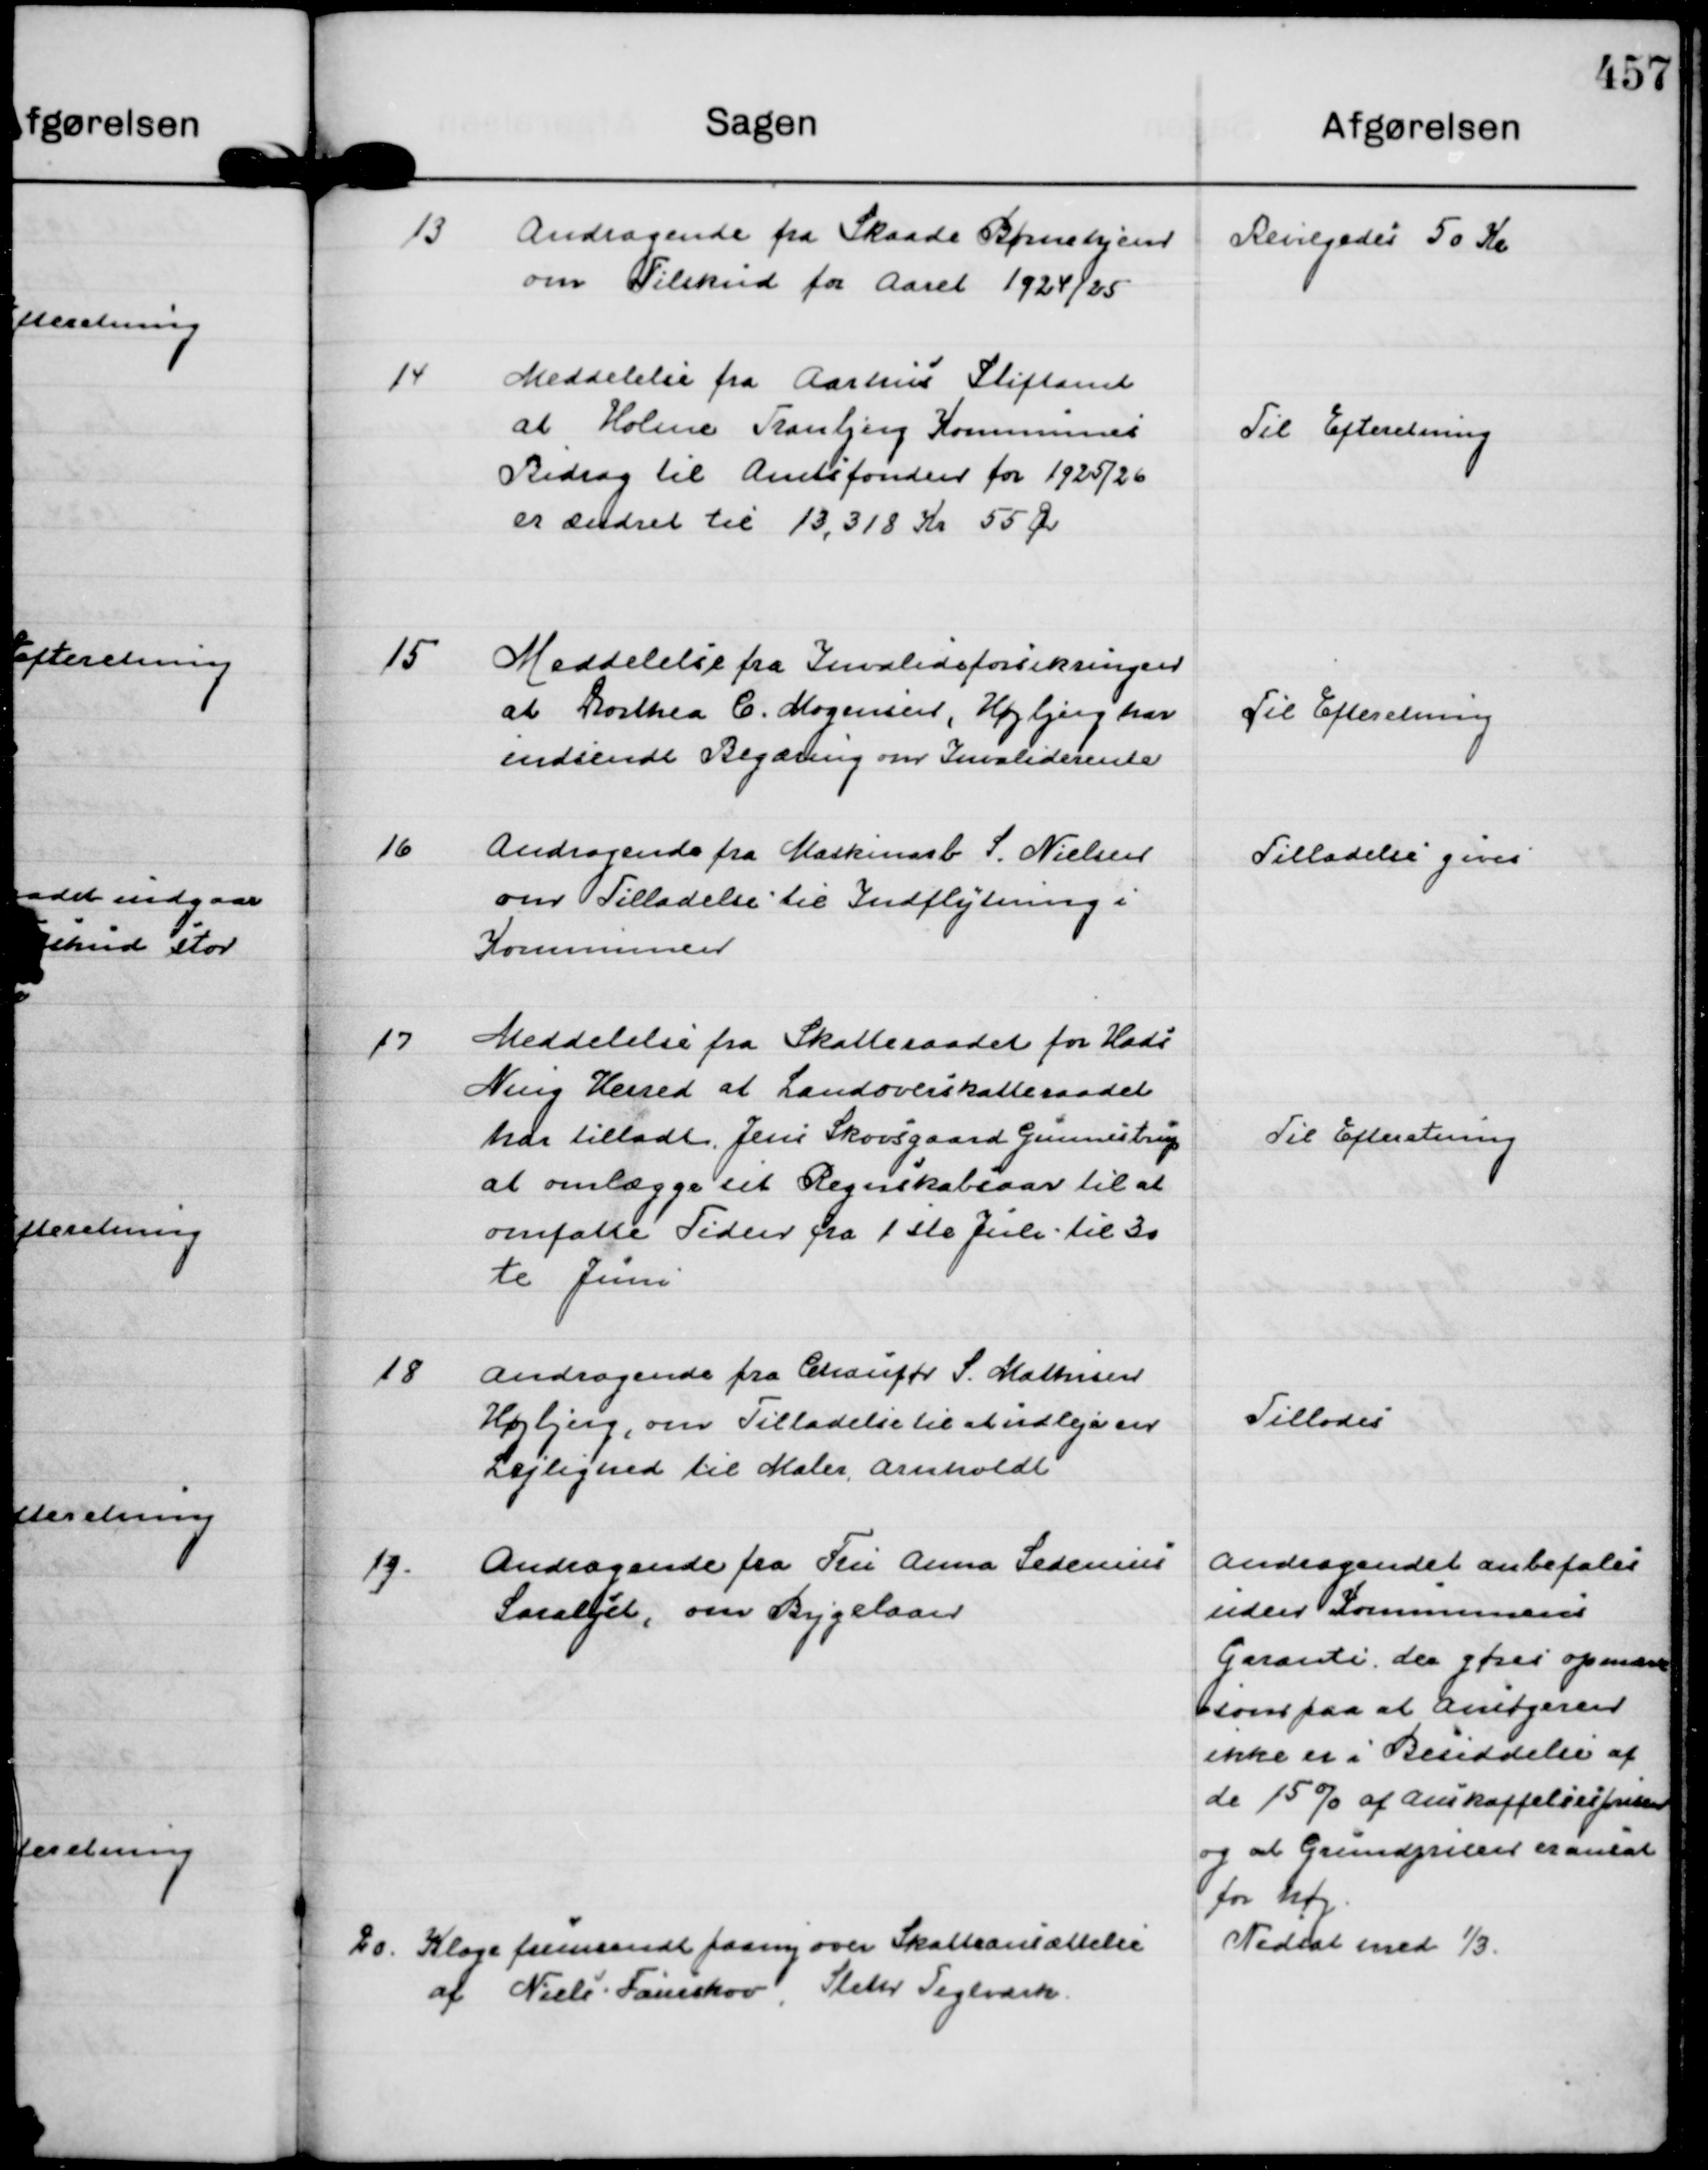
Transskription:
13
Andragende fra Skaade Børnehjem
om Tilskud for Aaret 1924/25

Bevilgedes 50 Kr

14
Meddelelse fra Aarhus Stiftamt
at Holme Tranbjerg Kommunes
Bidrag til Amtsfonden for 1925/26
er ændret til 13.318 Kr 55 Ør

Til Efteretning

15
Meddelelse fra Invalideforsikringen
at Dorthea C. Mogensen, Højbjerg har
indsendt Begæring om Invaliderente

Til Efteretning

16
Andragende fra Maskinarb S. Nielsen
om Tilladelse til Indflytning i
Kommunen

Tilladelse gives

17
Meddelelse fra Skatteraadet for Hads
Ning Herred at Landsoverskatteraadet
har tilladt Jens Skovsgaard Gunnestrup
at omlægge sit Regnskabsaar til at
omfatte Tiden fra 1 ste Juli - til 30
te Juni

Til Efteretning

18
Andragende fra Chaufør S. Mathisen
Højbjerg, om Tilladelse til at udleje en
Lejlighed til Maler Arnholdt

Tillodes

19.
Andragende fra Fru Anna Sedenius
Saralyst, om Bygelaan

Andragendet anbefales
uden Kommunens
Garanti, der gøres opmærk
=som paa at Ansøgeren
ikke er i Besiddelse af
de 15% af Anskaffelsesprisen
og at Grundprisen er ansat
for høj.

20.
Klage fremsendt paany over Skatteansættelse
af Niels Faurskov, Sleth Teglværk.

Nedsat med ⅓.